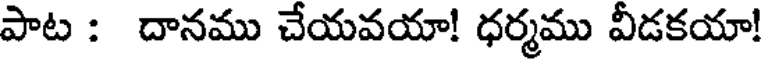
పాట : దానము చేయవయా! ధర్మము వీడకయా!